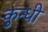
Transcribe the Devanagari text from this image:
कुन्धी